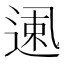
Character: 𱎌